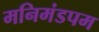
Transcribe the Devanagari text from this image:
मनिमंडपम